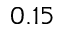
0 . 1 5